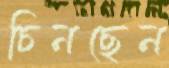
চিনছেন